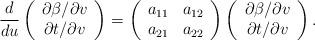
LaTeX: \begin{align*} \frac{d}{du}\left(\begin{array}{c} \partial\beta/\partial v\\ \partial t/\partial v \end{array}\right)=\left(\begin{array}{cc} a_{11} & a_{12}\\ a_{21} & a_{22}\end{array}\right)\left(\begin{array}{c} \partial\beta/\partial v\\ \partial t/\partial v\end{array}\right).\end{align*}